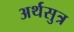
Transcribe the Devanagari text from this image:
अर्थसुत्र